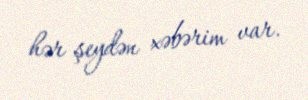
hər şeydən xəbərim var.